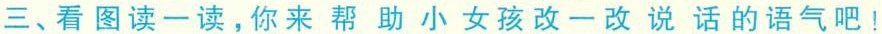
三、看图读一读，你来帮助小女孩改一改说话的语气吧！